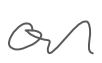
Text: on
Cross-out: clean
Writing tool: digital_gray